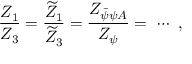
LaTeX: { \frac { Z _ { 1 } } { Z _ { 3 } } } = { \frac { \widetilde Z _ { 1 } } { \widetilde Z _ { 3 } } } = { \frac { Z _ { \bar { \psi } \psi A } } { Z _ { \psi } } } = \ \cdots \ ,